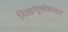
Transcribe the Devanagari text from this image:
निवडणुकीबाबत